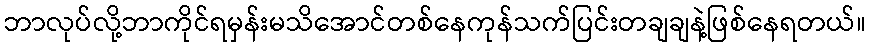
ဘာလုပ်လို့ဘာကိုင်ရမှန်းမသိအောင်တစ်နေကုန်သက်ပြင်းတချချနဲ့ဖြစ်နေရတယ်။